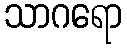
သာဂရော